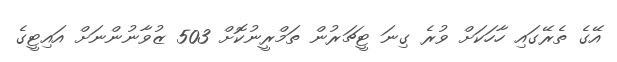
އޭގެ ތެރޭގައި ހާހަކަށް ވުރެ ގިނަ ޓީޗަރުން ތަމްރީނުކޮށް 503 ޒުވާނުންނަށް އައިޓީގެ